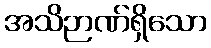
အသိဉာဏ်ရှိသော